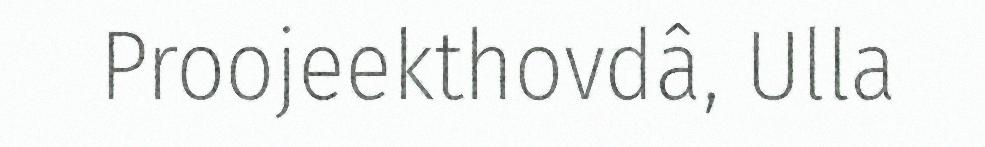
Proojeekthovdâ, Ulla